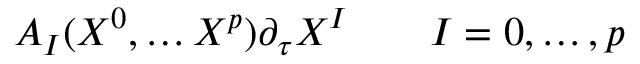
A _ { I } ( X ^ { 0 } , \dots X ^ { p } ) \partial _ { \tau } X ^ { I } \qquad I = 0 , \dots , p